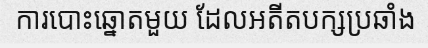
ការបោះឆ្នោតមួយ ដែលអតីតបក្សប្រឆាំង